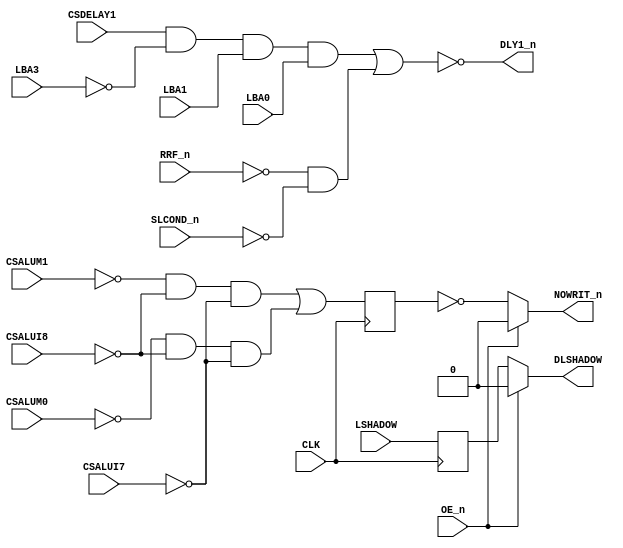
// PAL16R4
// JLB 26NOV86
// 44404C,14D,CYIN1

// PAL16R4D (https://rocelec.widen.net/view/pdf/c6dwcslffz/VANTS00080-1.pdf)

// I/O 1,2, 7 and 8 (Pins B0 to B3) is not controlled by OE_n, only O3,O4,O5 and O6 (Pin's Q0-Q3)
// NOTE: B0 to B3 is input OR output depending on PALASM code.

// Four D flip-flops controlled by CLK signal (and reads input to flip-flop O3,O4,O5 and O6) when transision from LOW to HIGH.
// O3-O6 output is controlled by OE_n (HIGH signal means output is three-state)

module PAL_44404C(
    input CLK,          // Clock signal
    input OE_n,         // OUTPUT ENABLE (active-low) for Q0-Q3

    input CSDELAY1,     // I0
    input CSALUM1,      // I1
    input CSALUM0,      // I2
    input CSALUI8,      // I3
    input CSALUI7,      // I4
    input LBA3,         // I5
    input LBA1,         // I6
    input LBA0,         // I7

    output NOWRIT_n,    // Q0_n
    output DLSHADOW,    // Q1_n (new output for 44404D)


    input RRF_n,        // B0_n
    input LSHADOW,      // B1_n (new input for 44404D)
    input SLCOND_n,     // B2_n
    output DLY1_n      // B3_n     

    // pin Q2 and Q3 is not used in 44404C
);


// CLK and /OE impacts signals:
//  Q0 = /NOWRIT, Q1=DLSHADOW, Q2= n.c., Q3= n.c.

reg NOWRIT;
reg DLSHADOW_reg;

// PCB 3202D sheet 36:
//
// PAL input signal PD1 is connected to PAL OE_n (and PD1 to PD4 is ALWAYS 0/FALSE in the 3202 circuit board)
//     input signal CLK is connectec to PAL CK pin


// Creating non-negated wires for active-low inputs
wire SLCOND = ~SLCOND_n;
wire RRF = ~RRF_n;


// Creating negated wires for active-high inputs
wire CSALUM1_n = ~CSALUM1;
wire CSALUM0_n = ~CSALUM0;
wire CSALUI8_n = ~CSALUI8;
wire CSALUI7_n = ~CSALUI7;
wire LBA3_n = ~LBA3;

// Flip-flop logic for Q0, Q1, Q2 and Q3 (Asyncronous D flip-flop)
always @(posedge CLK) begin

    // Logic for NOWRIT
    NOWRIT  <=  (CSALUM1_n & CSALUI8_n & CSALUI7_n) | // 
                (CSALUM0_n & CSALUI8_n & CSALUI7_n); // 

    // Logic for DLSHADOW(missing PALASM for 44404D where this is described ?)
    // Ronny: Guessing that the implementation is makeing DLSHADOW being a "delayed" signal based on the CLK signal
    DLSHADOW_reg <= LSHADOW;
end

// Output logic for Q0_n, Q1_n, Q2_n
//Q0
assign NOWRIT_n = OE_n ? 1'b0 : ~NOWRIT;

// Q1
assign DLSHADOW = OE_n ? 1'b0 : DLSHADOW_reg;



// Logic for DLY1_n (active-low)
assign DLY1_n = ~(
                    (CSDELAY1 & LBA3_n & LBA1 & LBA0) |     // 25NS DELAY OF PREVIOUS CYCLE
                    (RRF & SLCOND)                          // ON MICROCODE REQUEST IN ADDITION TO DLY0
);


endmodule